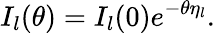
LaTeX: I_{l}(\theta)=I_{l}(0)e^{-\theta\eta_{l}}.